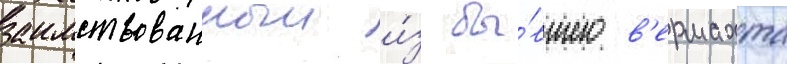
заимствованныи и́з бы́вшего в'ермахта